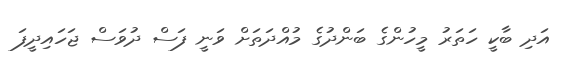
އަދި ބާކީ ހަތަރު މީހުންގެ ބަންދުގެ މުއްދަތަށް ވަނީ ފަސް ދުވަސް ޖަހައިދީފަ